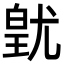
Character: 𭽚